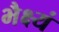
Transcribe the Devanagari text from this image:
भैक्ष्यं